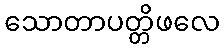
သောတာပတ္တိဖလေ